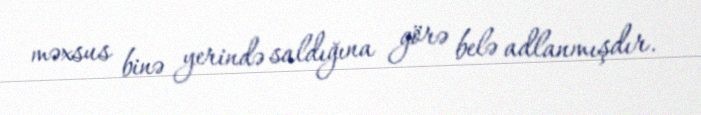
məxsus binə yerində saldığına görə belə adlanmışdır.